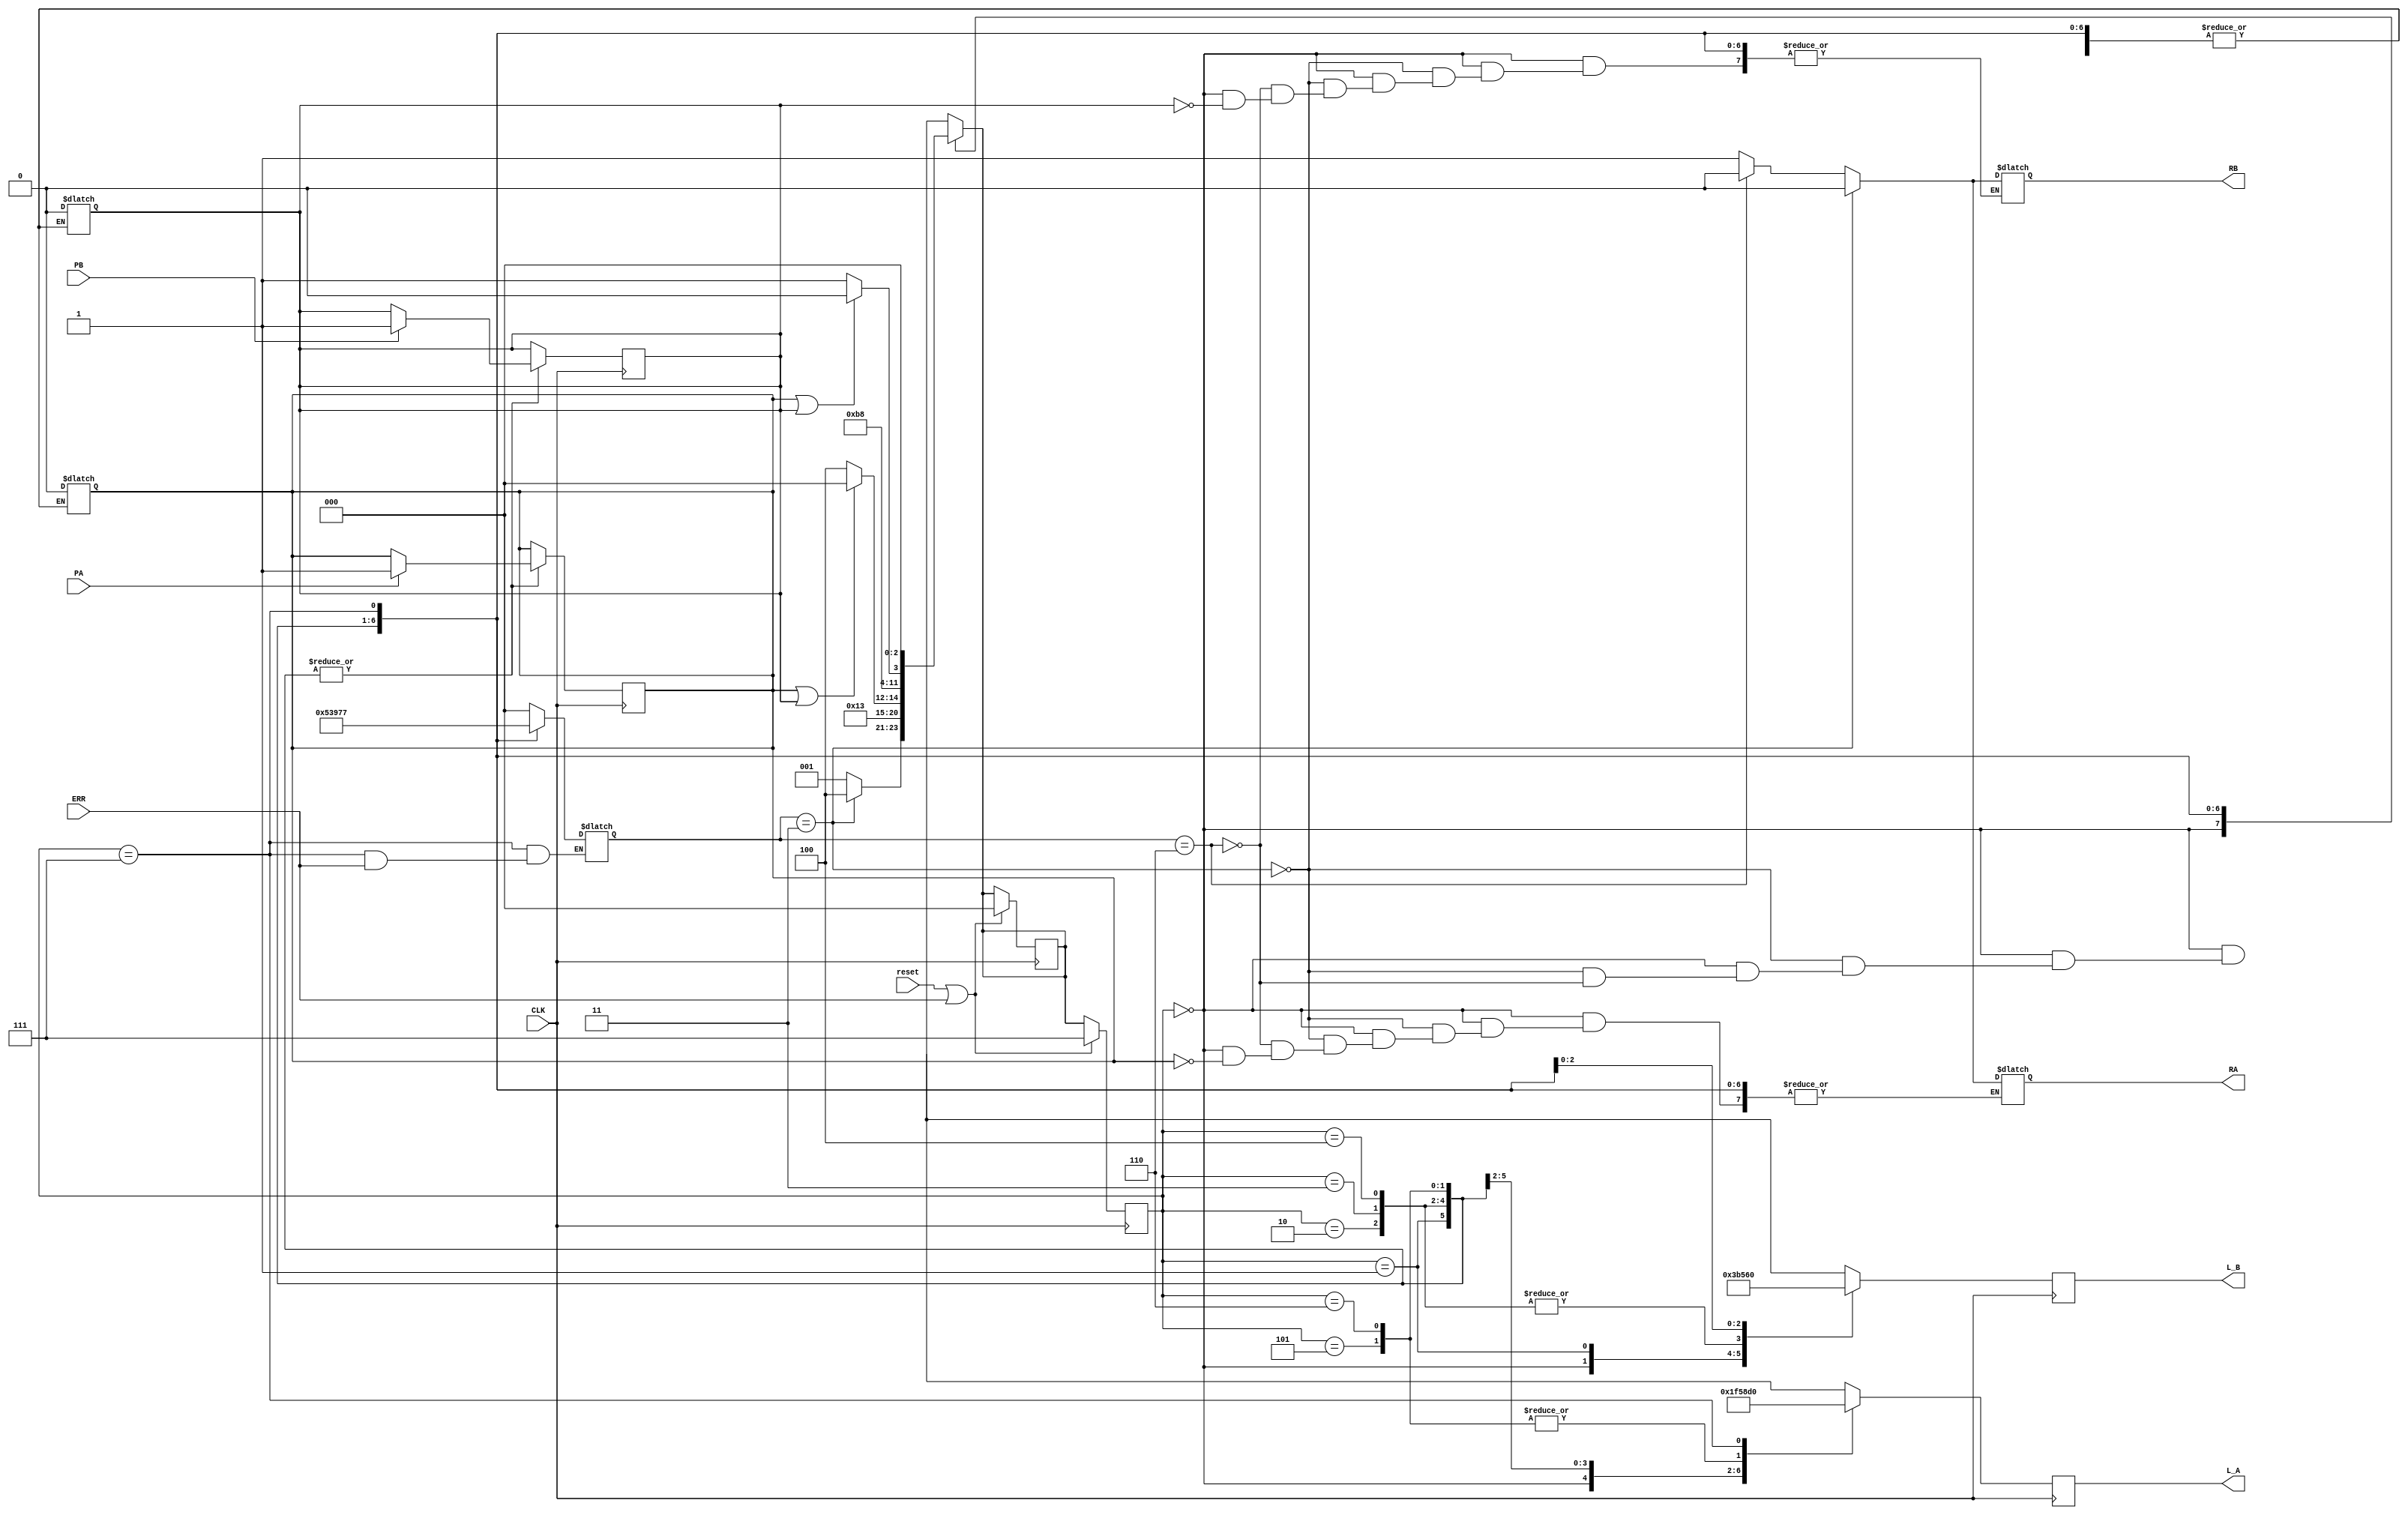
module traffic_control (CLK, reset, ERR, PA, PB, L_A, L_B, RA, RB);
  input CLK, reset, PA, PB, ERR;
  output RA, RB;
  output [2:0] L_A, L_B;
  reg RA, RB;
  reg [2:0] L_A, L_B, cst, nst, pst;
  reg A, B;
  
  parameter Green            = 3'b110,
            GreenLeftArrow   = 3'b101,
            Yellow           = 3'b100,
            Red              = 3'b011,
            GreenRightArrow  = 3'b010,
            FlashingRed      = 3'b111,
            FlashingYellow   = 3'b000,
            
            state0           = 3'b000,
            state1           = 3'b001,
            state2           = 3'b010,
            state3           = 3'b011,
            state4           = 3'b100,
            state5           = 3'b101,
            state6           = 3'b110,
            state7           = 3'b111;          
            
  always @(posedge CLK)
  if (reset | ERR) begin 
    cst <= state7;
    nst = state0;
  end
  else
    cst <= nst;
    
  always @(cst)
  begin
    case (cst)
      3'b000: begin
          if (A) RA = 1;
            if (B) RB = 1;
          //repeat (5) @(posedge CLK)
          //nst = state0;
          begin
            
            if (pst == state3) begin
              RA = 0;
              RB = 0;
              A = 0;
              B = 0;
              nst = state4;
              pst = state0;
            end
           
            else if (pst == state6) begin
              RA = 0;
              RB = 0;
              A = 0;
              B = 0;
              nst = state1;
              pst = state0;
            end
          else
              nst = state1;
              pst = state0;
          end
         
        end
        
      3'b001: begin
        //repeat (7) begin
        //@(posedge CLK)
          nst = state1;
        //end
          begin
             pst = state1;
             nst = state2;
          end
      end
      
      3'b010: begin
        //repeat (2) @(posedge CLK)
          //nst = state2;
          begin 
            pst = state2;
            nst = state3;
          end
      end
      
      3'b011: begin
        //repeat (2) @(posedge CLK)
          //nst = state3;
          begin
            pst = state3;
            nst = state4;
            if ((A == 1) || (B == 1)) begin
              nst = state0;
              pst = state3;
            end       
          end
      end
      
      3'b100: begin
        //repeat (7) @(posedge CLK)
          //nst = state4;
          begin
            pst = state4;
            nst = state5;
          end
      end
      
      3'b101: begin
       // repeat (2) @(posedge CLK)
         // nst = state5;
          begin
            pst = state5;
            nst = state6;
          end
      end
      
      3'b110: begin
        //repeat (2) @(posedge CLK)
          //nst = state6;
          begin
            if (A | B) begin
              nst = state0;
              pst = state6;
            end
          else begin
          pst = state6;
          nst = state1;
          end
          end
      end
      
      3'b111: begin
        if (ERR != 1)
        pst = state7; 
        nst = state0;
      end
      default: nst = state7;
      
    endcase
   end
   
   always @(posedge CLK)
   begin
     case (cst)
      3'b000: begin
       L_A <= 3'b111;
       L_B <= 3'b111;  
        end
        
      3'b001: begin
        if(PA) 
          A <= 1;
        if (PB) 
          B <= 1;
        /*if (pst == state0) 
          begin
            RA <= 0;
            RB <= 0;
          end*/
        L_A <= 3'b110;
        L_B <= 3'b011;
      end
      
      3'b010: begin
        if(PA) 
          A <= 1;
        if (PB) 
          B <= 1;
        L_A <= 3'b101;
        L_B <= 3'b010;
      end
      
      3'b011: begin
        if(PA) 
          A <= 1;
        if (PB) 
         B <= 1;
        L_A <= 3'b100;
        L_B <= 3'b010;
      end
      
      3'b100: begin
        if(PA) 
          A <= 1;
        if (PB) 
          B <= 1;
          /*if (pst == state0) 
          begin
            RA <= 0;
            RB <= 0;
          end*/
        L_A <= 3'b011;
        L_B <= 3'b010;
      end
      
      3'b101: begin
        if(PA) 
          A <= 1;
        if (PB) 
          B <= 1;
        L_A <= 3'b010;
        L_B <= 3'b101;
      end
      
      3'b110: begin
        if(PA) 
          A <= 1;
        if (PB) 
          B <= 1;
        L_A <= 3'b010;
        L_B <= 3'b100;
      end
      
      3'b111: begin
        L_A <= 3'b000;
        L_B <= 3'b000;
      end
      
      default: begin
        L_A <= 3'b000;
        L_B <= 3'b000;
      end
      
    endcase
    end
       
endmodule